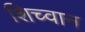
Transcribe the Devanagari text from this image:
शिच्वान